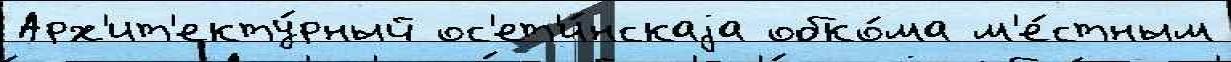
Арх'ит'екту́рный ос'ет'и́нскаjа обко́ма м'е́стным